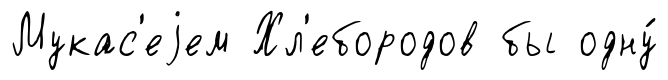
Мукас'еjем Хл'ебородов бы одну́